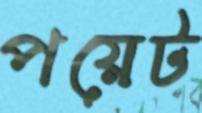
পয়েট